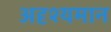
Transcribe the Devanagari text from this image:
अदृश्यमान